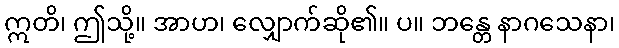
ဣတိ၊ ဤသို့။ အာဟ၊ လျှောက်ဆို၏။ ပ။ ဘန္တေ နာဂသေနာ၊